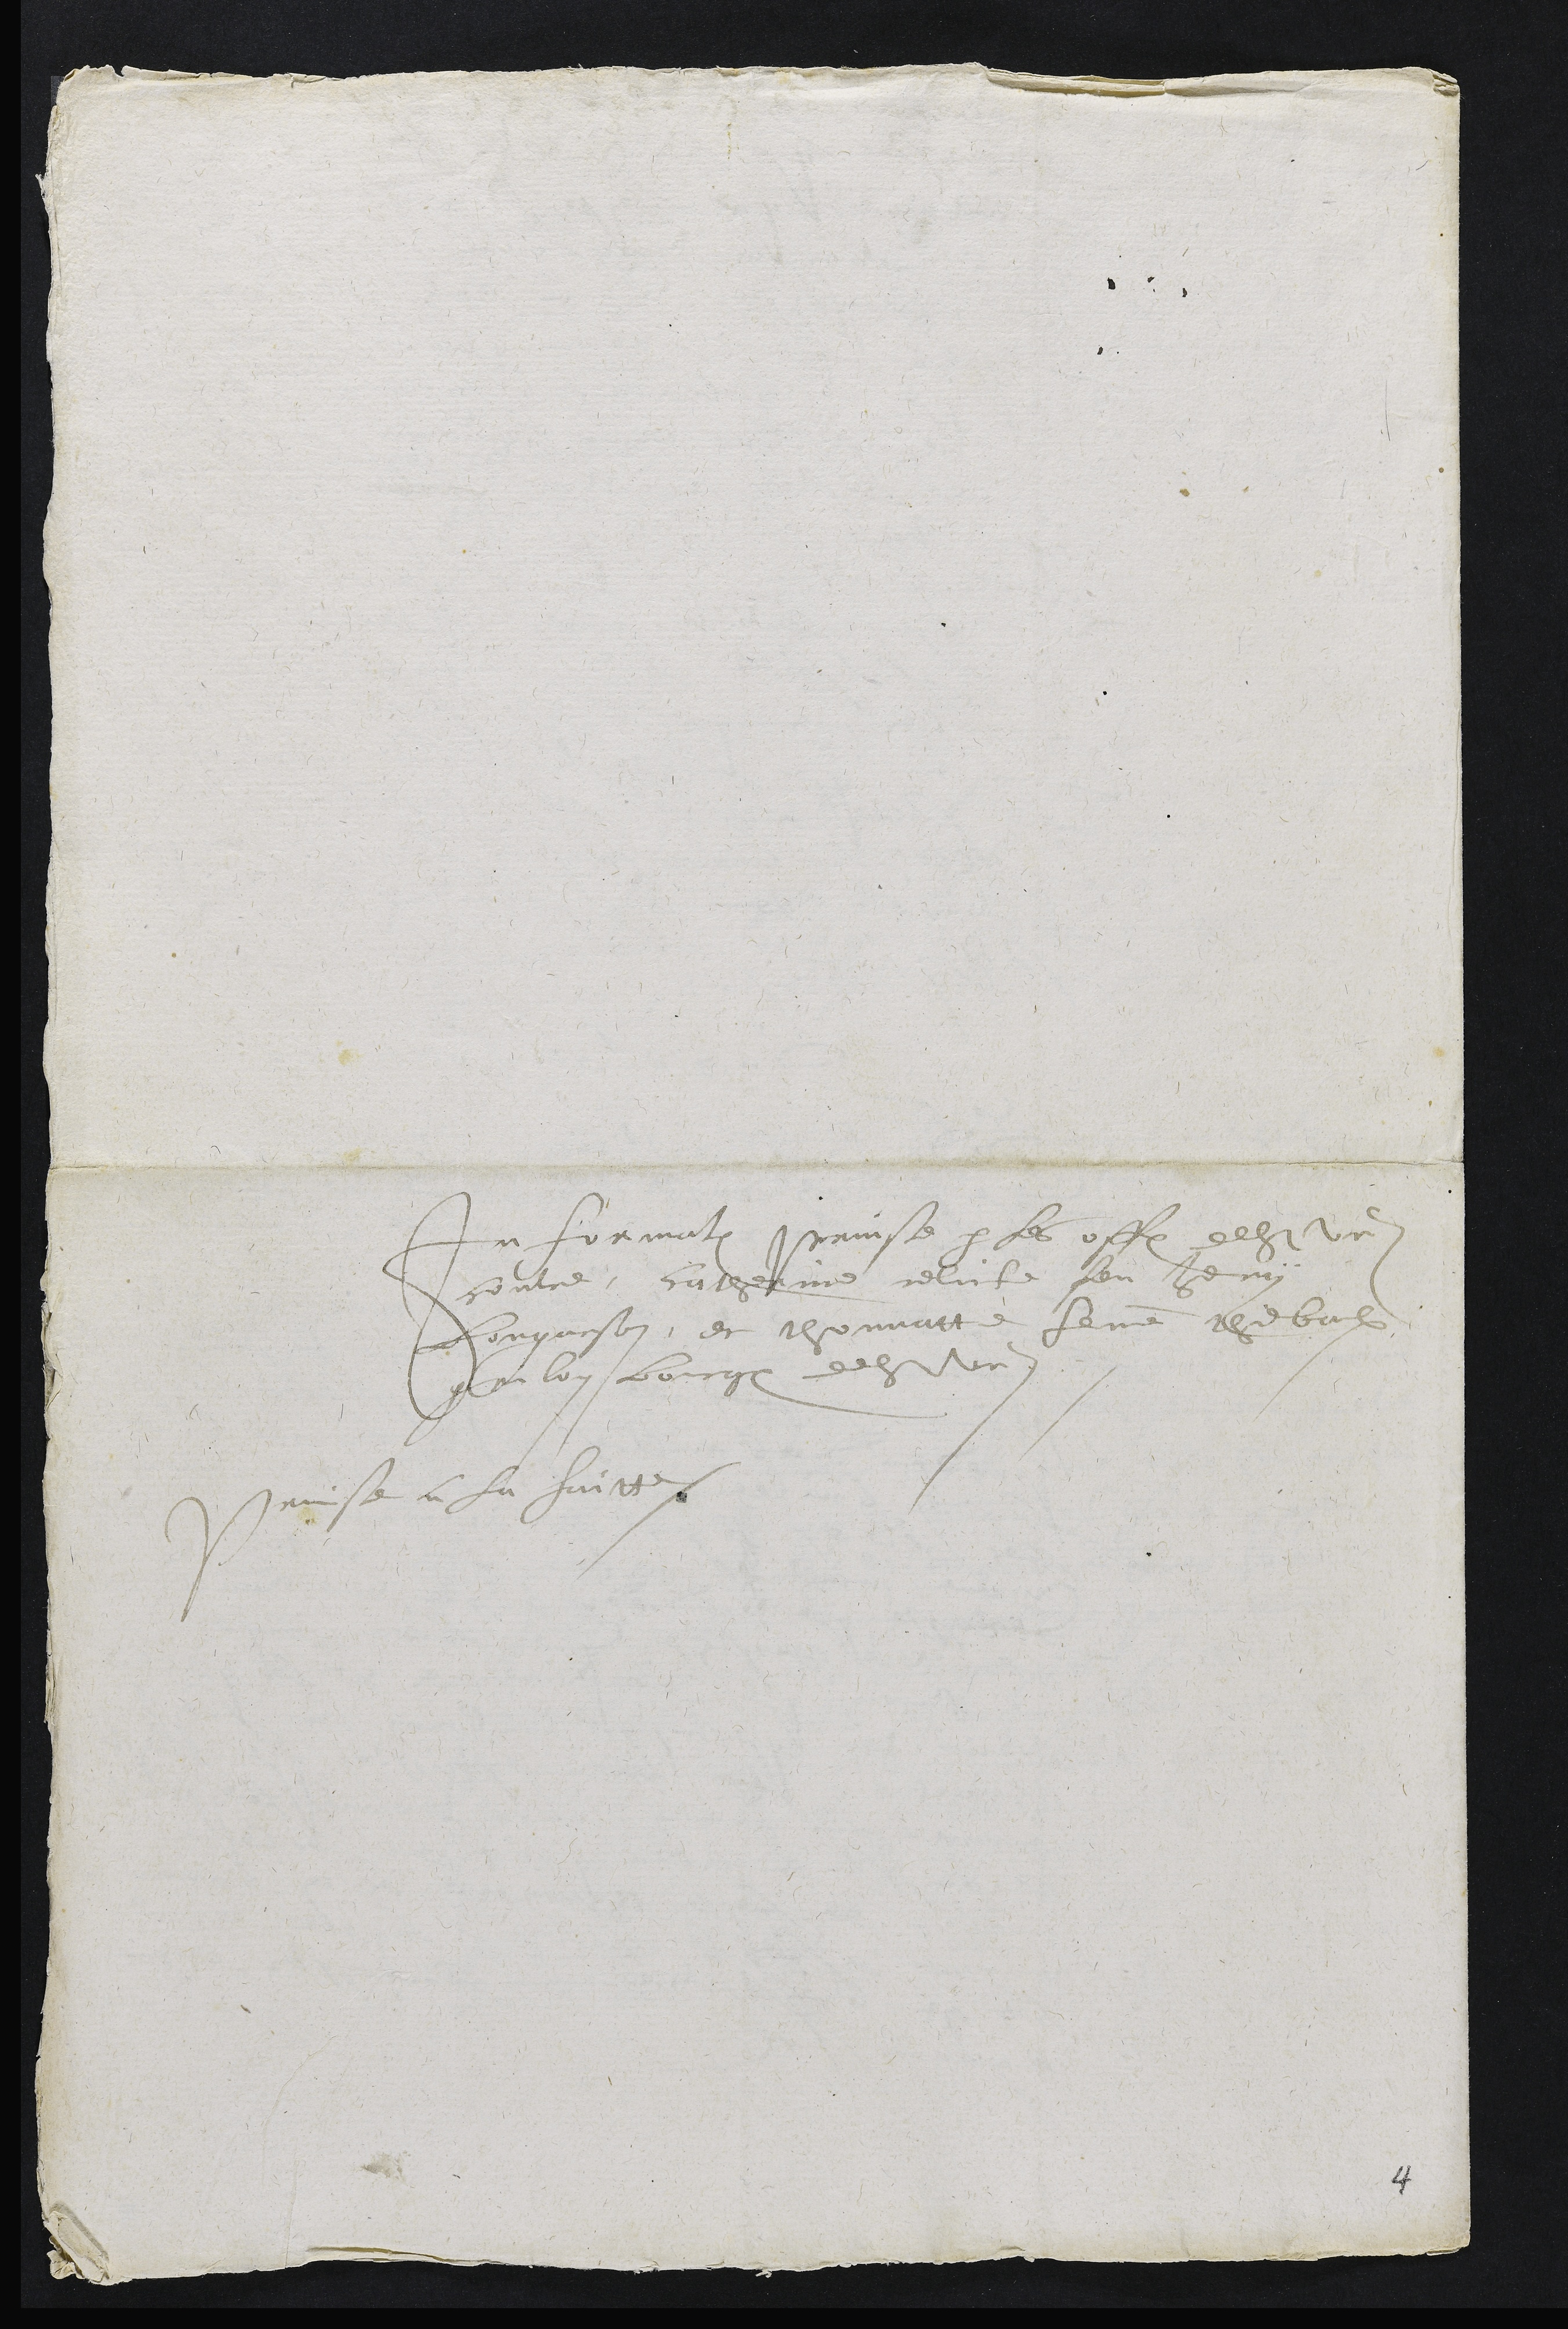
Information prinse par les officiers de Saint Ursanne
contre catherine relicte feu henry
bongarson, et thonnatte femme thiebaulx
grilon bourgeois de Saint Ursanne
Prinse a la suitte.